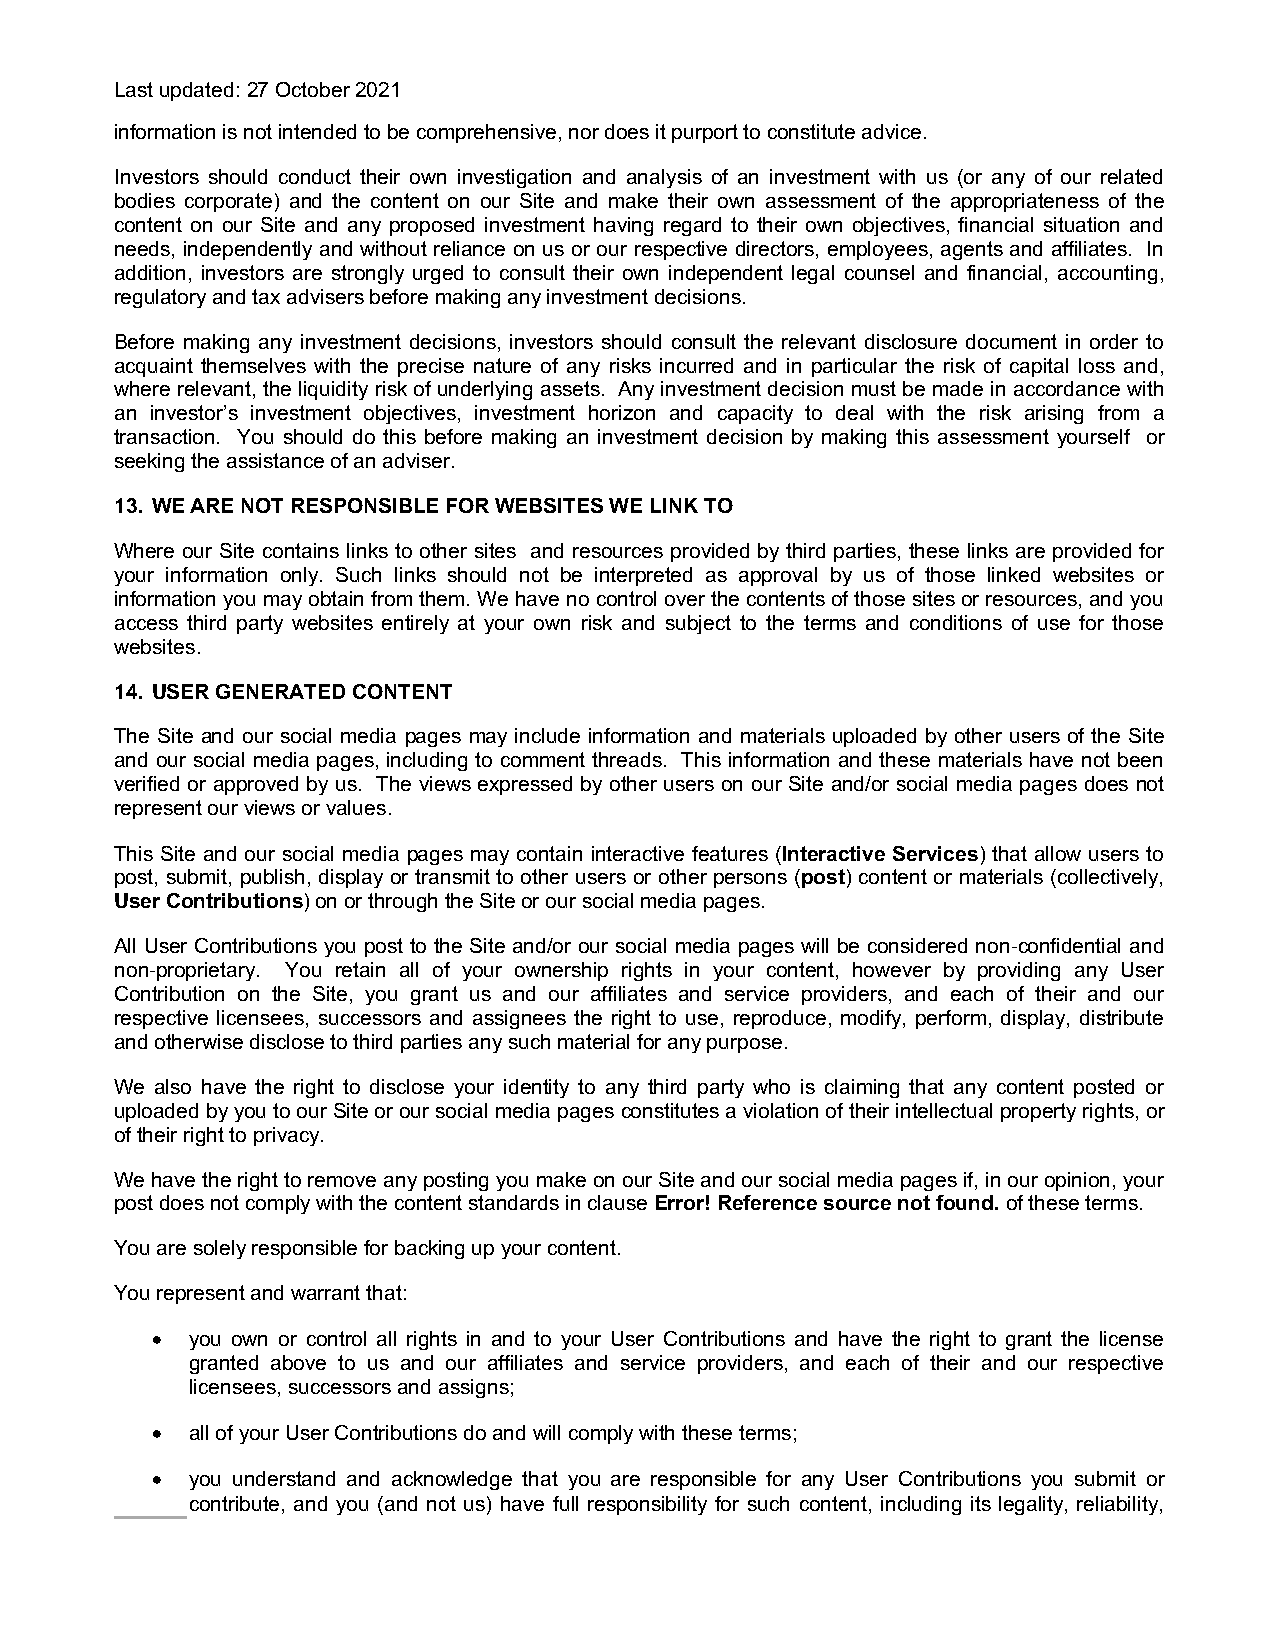
Last updated: 27 October 2021
 information is not intended to be comprehensive, nor does it purport to constitute advice.
 Investors should conduct their own investigation and analysis of an investment with us (or any of our related
 bodies corporate) and the content on our Site and make their own assessment of the appropriateness of the
 content on our Site and any proposed investment having regard to their own objectives, financial situation and
 needs, independently and without reliance on us or our respective directors, employees, agents and affiliates. In
 addition, investors are strongly urged to consult their own independent legal counsel and financial, accounting,
 regulatory and tax advisers before making any investment decisions.
 Before making any investment decisions, investors should consult the relevant disclosure document in order to
 acquaint themselves with the precise nature of any risks incurred and in particular the risk of capital loss and,
 where relevant, the liquidity risk of underlying assets. Any investment decision must be made in accordance with
 an investor’s investment objectives, investment horizon and capacity to deal with the risk arising from a
 transaction. You should do this before making an investment decision by making this assessment yourself or
 seeking the assistance of an adviser.
 13. WE ARE NOT RESPONSIBLE FOR WEBSITES WE LINK TO
 Where our Site contains links to other sites and resources provided by third parties, these links are provided for
 your information only. Such links should not be interpreted as approval by us of those linked websites or
 information you may obtain from them. We have no control over the contents of those sites or resources, and you
 access third party websites entirely at your own risk and subject to the terms and conditions of use for those
 websites.
 14. USER GENERATED CONTENT
 The Site and our social media pages may include information and materials uploaded by other users of the Site
 and our social media pages, including to comment threads. This information and these materials have not been
 verified or approved by us. The views expressed by other users on our Site and/or social media pages does not
 represent our views or values.
 This Site and our social media pages may contain interactive features (Interactive Services) that allow users to
 post, submit, publish, display or transmit to other users or other persons (post) content or materials (collectively,
 User Contributions) on or through the Site or our social media pages.
 All User Contributions you post to the Site and/or our social media pages will be considered non-confidential and
 non-proprietary. You retain all of your ownership rights in your content, however by providing any User
 Contribution on the Site, you grant us and our affiliates and service providers, and each of their and our
 respective licensees, successors and assignees the right to use, reproduce, modify, perform, display, distribute
 and otherwise disclose to third parties any such material for any purpose.
 We also have the right to disclose your identity to any third party who is claiming that any content posted or
 uploaded by you to our Site or our social media pages constitutes a violation of their intellectual property rights, or
 of their right to privacy.
 We have the right to remove any posting you make on our Site and our social media pages if, in our opinion, your
 post does not comply with the content standards in clause Error! Reference source not found. of these terms.
 You are solely responsible for backing up your content.
 You represent and warrant that:
 •  you own or control all rights in and to your User Contributions and have the right to grant the license
 granted above to us and our affiliates and service providers, and each of their and our respective
 licensees, successors and assigns;
 •  all of your User Contributions do and will comply with these terms;
 •  you understand and acknowledge that you are responsible for any User Contributions you submit or
 contribute, and you (and not us) have full responsibility for such content, including its legality, reliability,